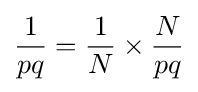
{\frac {1}{pq}}={\frac {1}{N}}\times {\frac {N}{pq}}